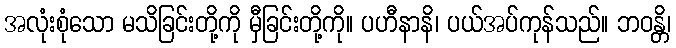
အလုံးစုံသော မသိခြင်းတို့ကို မှီခြင်းတို့ကို။ ပဟီနာနိ၊ ပယ်အပ်ကုန်သည်။ ဘဝန္တိ၊